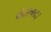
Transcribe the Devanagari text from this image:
फ़ैज़ाबाद।